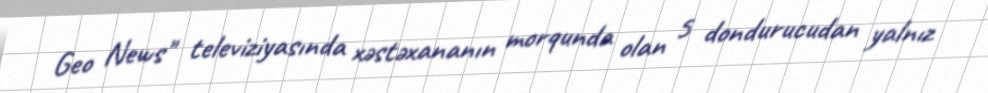
Geo News" televiziyasında xəstəxananın morqunda olan 5 dondurucudan yalnız